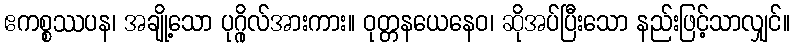
ဧကစ္စဿပန၊ အချို့သော ပုဂ္ဂိုလ်အားကား။ ဝုတ္တနယေနေဝ၊ ဆိုအပ်ပြီးသော နည်းဖြင့်သာလျှင်။